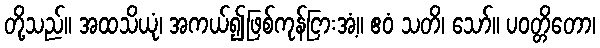
တို့သည်။ အထသိယုံ၊ အကယ်၍ဖြစ်ကုန်ငြားအံ့။ ဧဝံ သတိ၊ သော်။ ပဝတ္တိတော၊